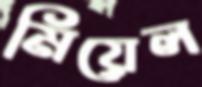
মিয়েল